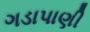
ગડાપાણી